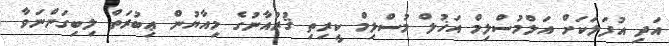
އަދި އުފަލަކަށް އަލްމުސްލިމް އަޚުލް މުސްލިމް ކީރިތި ޤުރުއާނުގެ މިއާޔުން ޢިބުރަތް ލިބިގަންނަވާ